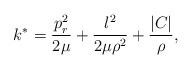
LaTeX: \begin{align*}k^*= \frac{p_r^2} {2 \mu} + \frac{l^2} {2 \mu \rho^2} + \frac{\vert C \vert} {\rho},\end{align*}